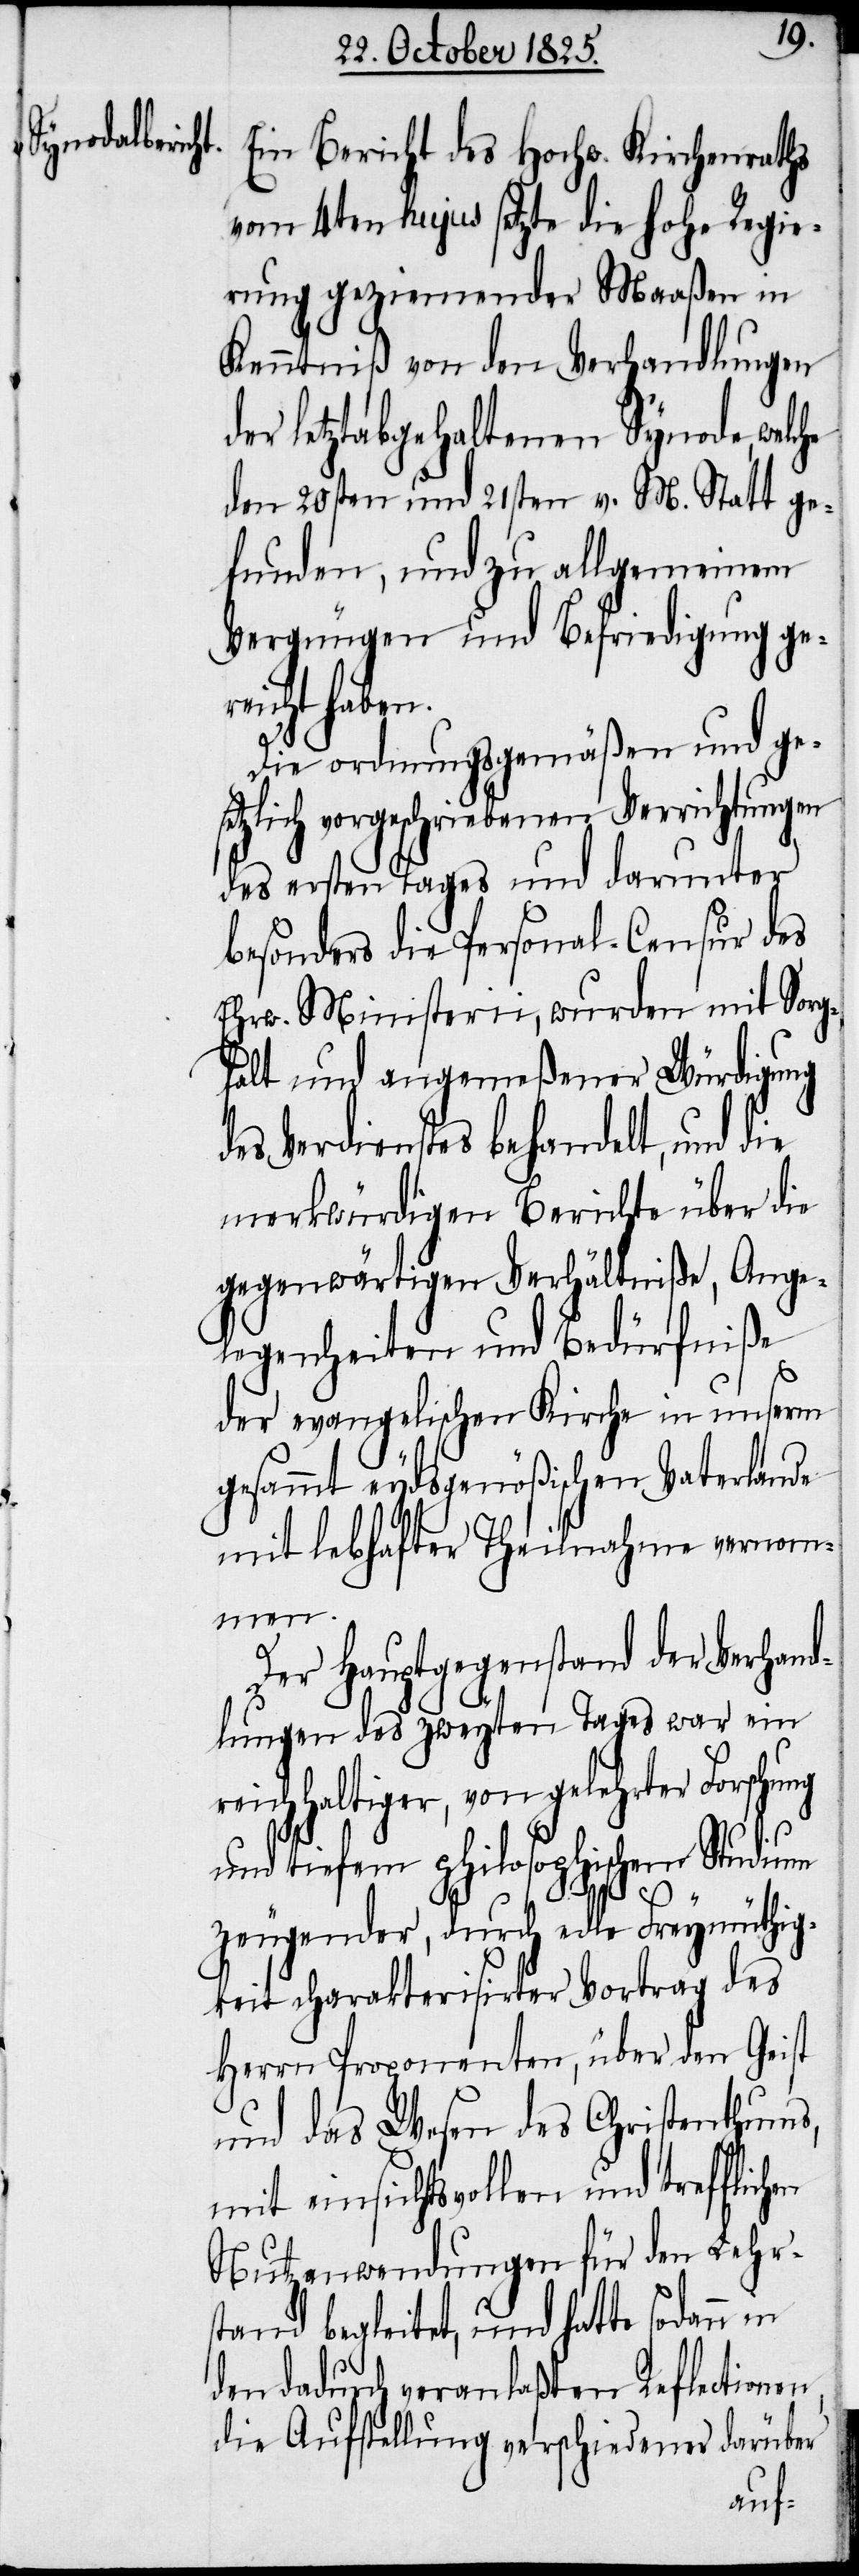
Ein Bericht des Hochw. Kirchenraths
vom 4ten hujus setzte die hohe Regie¬
rung geziemender Maaßen in
Kenntniß von den Verhandlungen
der letztabgehaltenen Synode, welche
den 20sten und 21sten v. M. Statt ge¬
funden, und zu allgemeinem
Vergnügen und Befriedigung ge¬
reicht haben.
Die ordnungsgemäßen und ges¬
etzlich vorgeschriebenen Verrichtungen
des ersten Tages und darunter
besonders die Personal-Censur des
Ehrw. Ministerii, wurden mit Sorg¬
falt und angemeßener Würdigung
des Verdienstes behandelt, und
merkwürdigen Berichte über die
gegenwärtigen Verhältniße, Ange¬
legenheiten und Bedürfniße
der evangelischen Kirche in unserm
gesammt eydsgenößischen Vaterlande
mit lebhafter Theilnahme vernom¬
hen
Der Hauptgegenstand der Verhand¬
lungen des zweyten Tages war ein
eichhaltiger, von gelehrter Forschung
und tiefem philosophischen Studium
r¬
zeugender, durch edle Freymüthig¬
keit charakterisirter Vortrag des
Herrn Proponenten, über den Geist
und das Wesen des Christenthums,
mit einsichtsvollen und trefflic¬
Nutzanwendungen für den Lehr¬
stand begleitet, und hatte sodann in
den dadurch veranlaßten Reflectionen,
die Aufstellung verschiedener darüber